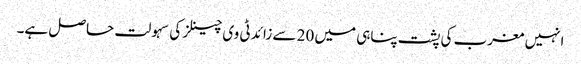
انہیں مغرب کی پشت پناہی میں 20 سے زائد ٹی وی چینلز کی سہولت حاصل ہے۔